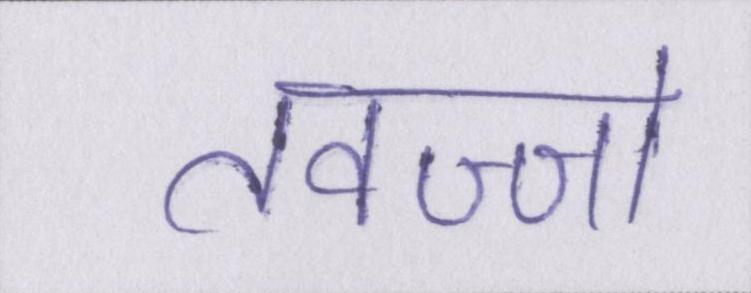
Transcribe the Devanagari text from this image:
तवज्जो